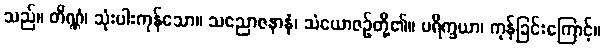
သည်။ တိဏ္ဏံ၊ သုံးပါးကုန်သော။ သညောဇနာနံ၊ သံယောဇဉ်တို့၏။ ပရိက္ခယာ၊ ကုန်ခြင်းကြောင့်။